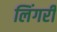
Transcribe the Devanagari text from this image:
लिंगरी